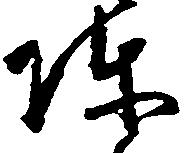
陣